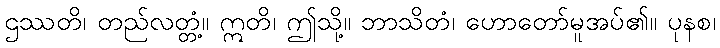
ဌဿတိ၊ တည်လတ္တံ့။ ဣတိ၊ ဤသို့။ ဘာသိတံ၊ ဟောတော်မူအပ်၏။ ပုနစ၊